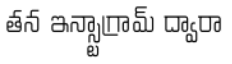
తన ఇన్స్టాగ్రామ్ ద్వారా